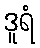
ဒူရံ